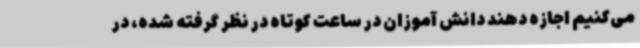
می‌کنیم اجازه دهند دانش آموزان در ساعت کوتاه در نظر گرفته شده، در